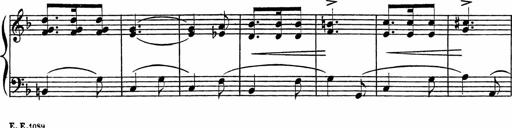
Title: Piano Sonatinas
Composer: Charles Fradel